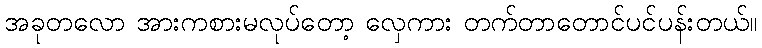
အခုတလော အားကစားမလုပ်တော့ လှေကား တက်တာတောင်ပင်ပန်းတယ်။